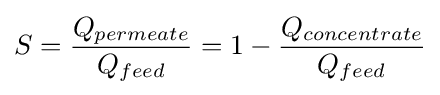
S={Q_{permeate} \over Q_{feed}}=1-{Q_{concentrate} \over Q_{feed}}